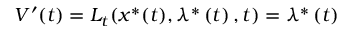
V ^ { \prime } ( t ) = L _ { t } ( x ^ { \ast } ( t ) , \lambda ^ { \ast } \left( t \right) , t ) = \lambda ^ { \ast } \left( t \right)